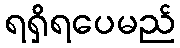
ရရှိရပေမည်